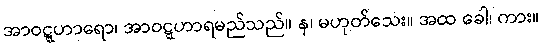
အာဝဋ္ဋဟာရော၊ အာဝဋ္ဋဟာရမည်သည်။ န၊ မဟုတ်သေး။ အထ ခေါ၊ ကား။